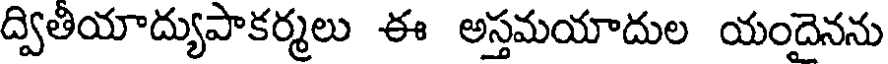
ద్వితీయాద్యుపాకర్మలు ఈ అస్తమయాదుల యందైనను